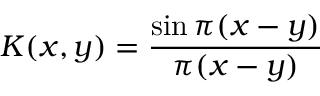
K ( x , y ) = { \frac { \sin \pi ( x - y ) } { \pi ( x - y ) } }